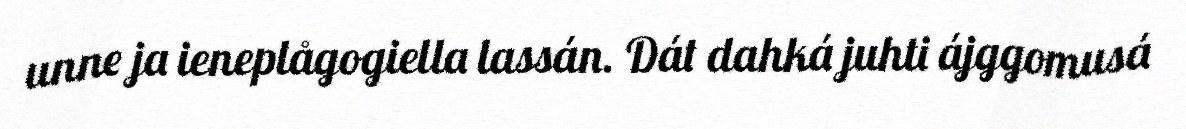
unne ja ieneplågogiella lassán. Dát dahká juhti ájggomusá